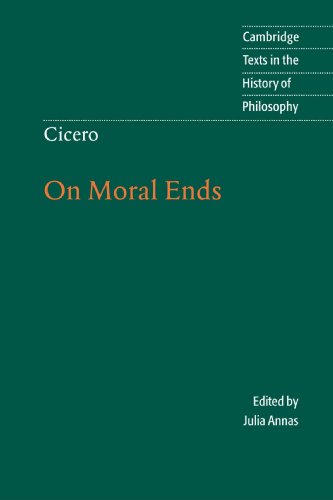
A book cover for Cicero: On Moral Ends (Cambridge Texts in the History of Philosophy); Marcus Tullius Cicero; Politics & Social Sciences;